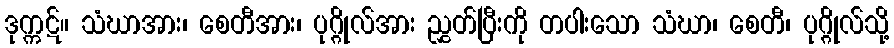
ဒုက္ကဋ်။ သံဃာအား၊ စေတီအား၊ ပုဂ္ဂိုလ်အား ညွှတ်ပြီးကို တပါးသော သံဃာ၊ စေတီ၊ ပုဂ္ဂိုလ်သို့